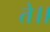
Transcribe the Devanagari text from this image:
ते।।